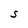
Character: S